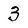
Character: 3